system: You are a helpful assistant.
user:
Analyze the provided spectrum to determine if it is a **S-type Star**.

- **Key Indicators for S-type Star:**

    - **(Overall Spectrum Shape):** The first and most obvious characteristic is the overall continuum (the "baseline" shape). It is **extremely "red-sloping,"** meaning the flux (light intensity) is very low on the left side (blue, ~4000-4500 Å) and rises steeply and continuously toward the right side (red, ~7000 Å+).

    - **(Primary):** The spectrum is defined by the presence of strong, broad molecular absorption "valleys" (bands) from **Zirconium Oxide (ZrO)**. The identification of these bands is the **primary requirement** for classifying a star as S-type.
        - **(Key Bandheads):** You must find distinct, deep "dips" where the light has been absorbed. The most critical band systems to locate are:
            - **~6474 Å** ($\gamma$-system): This is often the strongest and clearest ZrO feature, found in the red part of the spectrum.
            - **~5718 Å** & **~5551 Å** ($\beta$-system): A pair of prominent absorption features in the yellow-orange part of the spectrum.
            - **~4640 Å** ($\alpha$-system): A key absorption band system in the blue-green region of the spectrum.

    - **(Secondary Confirmation):** The classification is strengthened by finding additional absorption bands from other related heavy element oxides, which are expected to be present alongside ZrO.
        - **(Key Bandheads):**
            - **Yttrium Oxide (YO):** Look for absorption dips near **~4800 Å** and **~6100 Å**.
            - **Lanthanum Oxide (LaO):** Additional absorption features, particularly in the red-orange part of the spectrum, are also characteristic.

    - **(Line Profile):** The combination of the steep red continuum and these numerous, deep molecular bands (ZrO, YO, etc.) gives the entire spectrum a very **"chopped-up"** or **"bumpy"** appearance. Instead of a smooth curve, the spectrum looks as though large, wide chunks of light have been "carved out" of it at the specific wavelengths listed above.

Think first, call **spectral_visualization_tool** if needed to examine features in detail, then provide your final answer. Your response must adhere to the following strict rules:
1.  **Overall Structure:** Your response must follow the format `<think>...</think> <tool_call>...</tool_call> (if a tool is used) <answer>...</answer>`.
2.  **Tool Usage Constraint:** You may only make **one** tool call per turn.
3.  **Final Answer Format:** In the `<answer>` tag, your conclusion must be inside a `\boxed{}` command (e.g., `\boxed{YES}` or `\boxed{NO}`), followed by your justification.

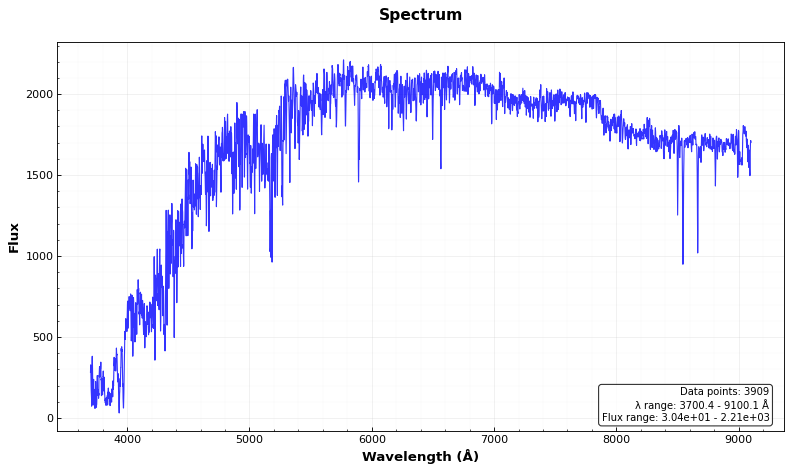
Answer: NO